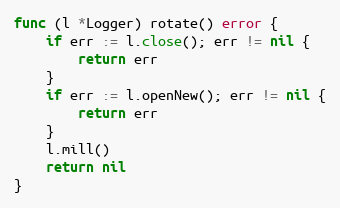
Language: Go
func (l *Logger) rotate() error {
	if err := l.close(); err != nil {
		return err
	}
	if err := l.openNew(); err != nil {
		return err
	}
	l.mill()
	return nil
}